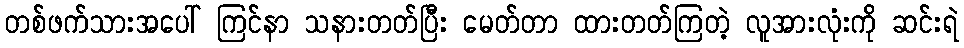
တစ်ဖက်သားအပေါ် ကြင်နာ သနားတတ်ပြီး မေတ်တာ ထားတတ်ကြတဲ့ လူအားလုံးကို ဆင်းရဲ